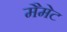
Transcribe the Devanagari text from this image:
मैमेट